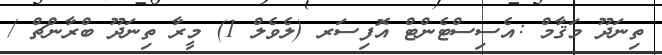
ތިނަދޫ މަޤާމް :އެސިސްޓެންޓް އޮފިސަރ (ލެވެލް 1) މީރާ ތިނަދޫ ބްރާންޗް /